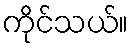
ကိုင်သယ်။